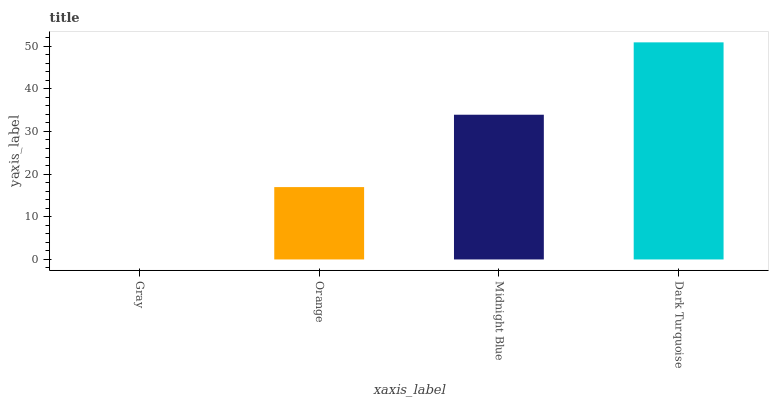
| xaxis_label | bars |
 | --- | --- |
 | Gray | 0 |
 | Orange | 17 |
 | Midnight Blue | 33.9 |
 | Dark Turquoise | 50.9 |